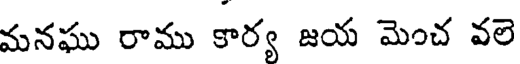
మనఘు రాము కార్య జయ మెంచ వలె